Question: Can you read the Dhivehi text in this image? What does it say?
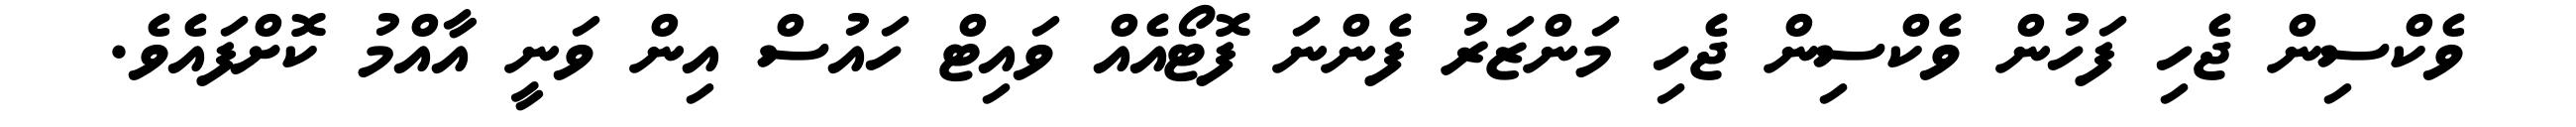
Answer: ވެކްސިން ޖެހި ފަހުން ވެކްސިން ޖެހި މަންޒަރު ފެންނަ ފޮޓޯއެއް ވައިޓް ހައުސް އިން ވަނީ އާއްމު ކޮށްފައެވެ.